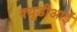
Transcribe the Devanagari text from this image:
क्यूडीआई